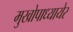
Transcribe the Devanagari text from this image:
मुखोपाध्यायेर